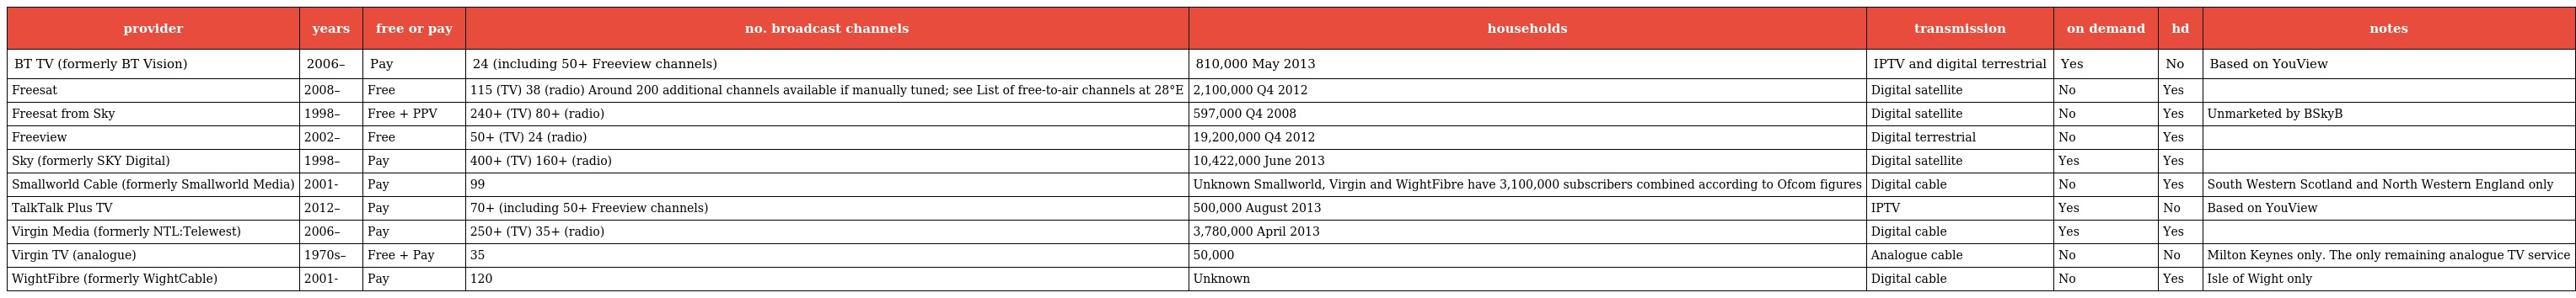
| provider | years | free or pay | no. broadcast channels | households | transmission | on demand | hd | notes |
 | --- | --- | --- | --- | --- | --- | --- | --- | --- |
 | BT TV (formerly BT Vision) | 2006– | Pay | 24 (including 50+ Freeview channels) | 810,000 May 2013 | IPTV and digital terrestrial | Yes | No | Based on YouView |
 | Freesat | 2008– | Free | 115 (TV) 38 (radio) Around 200 additional channels available if manually tuned; see List of free-to-air channels at 28°E | 2,100,000 Q4 2012 | Digital satellite | No | Yes |  |
 | Freesat from Sky | 1998– | Free + PPV | 240+ (TV) 80+ (radio) | 597,000 Q4 2008 | Digital satellite | No | Yes | Unmarketed by BSkyB |
 | Freeview | 2002– | Free | 50+ (TV) 24 (radio) | 19,200,000 Q4 2012 | Digital terrestrial | No | Yes |  |
 | Sky (formerly SKY Digital) | 1998– | Pay | 400+ (TV) 160+ (radio) | 10,422,000 June 2013 | Digital satellite | Yes | Yes |  |
 | Smallworld Cable (formerly Smallworld Media) | 2001- | Pay | 99 | Unknown Smallworld, Virgin and WightFibre have 3,100,000 subscribers combined according to Ofcom figures | Digital cable | No | Yes | South Western Scotland and North Western England only |
 | TalkTalk Plus TV | 2012– | Pay | 70+ (including 50+ Freeview channels) | 500,000 August 2013 | IPTV | Yes | No | Based on YouView |
 | Virgin Media (formerly NTL:Telewest) | 2006– | Pay | 250+ (TV) 35+ (radio) | 3,780,000 April 2013 | Digital cable | Yes | Yes |  |
 | Virgin TV (analogue) | 1970s– | Free + Pay | 35 | 50,000 | Analogue cable | No | No | Milton Keynes only. The only remaining analogue TV service |
 | WightFibre (formerly WightCable) | 2001- | Pay | 120 | Unknown | Digital cable | No | Yes | Isle of Wight only |